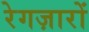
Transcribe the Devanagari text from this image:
रेगज़ारों